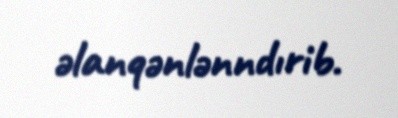
əlanqənlənndırib.